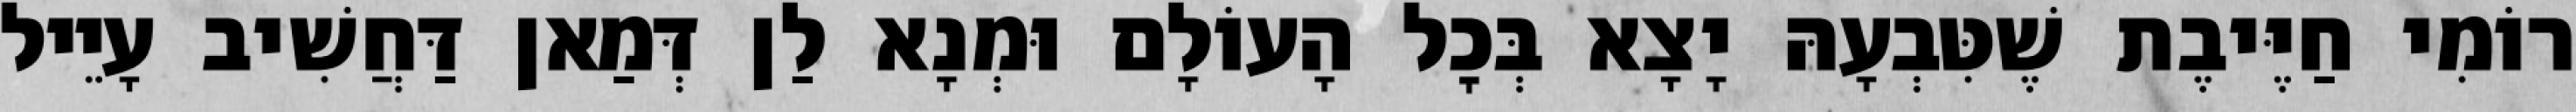
רוֹמִי חַיֶּיבֶת שֶׁטִּבְעָהּ יָצָא בְּכׇל הָעוֹלָם וּמְנָא לַן דְּמַאן דַּחֲשִׁיב עָיֵיל